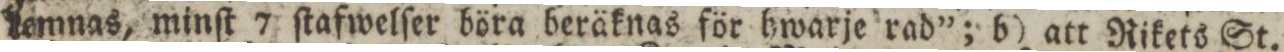
lemnas, minſt 7 ſtafwelſer böra beräknas för hwarje rad”; b) att Rikets St.